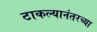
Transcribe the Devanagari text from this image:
टाकल्यानंतरच्या